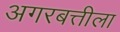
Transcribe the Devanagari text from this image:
अगरबत्तीला